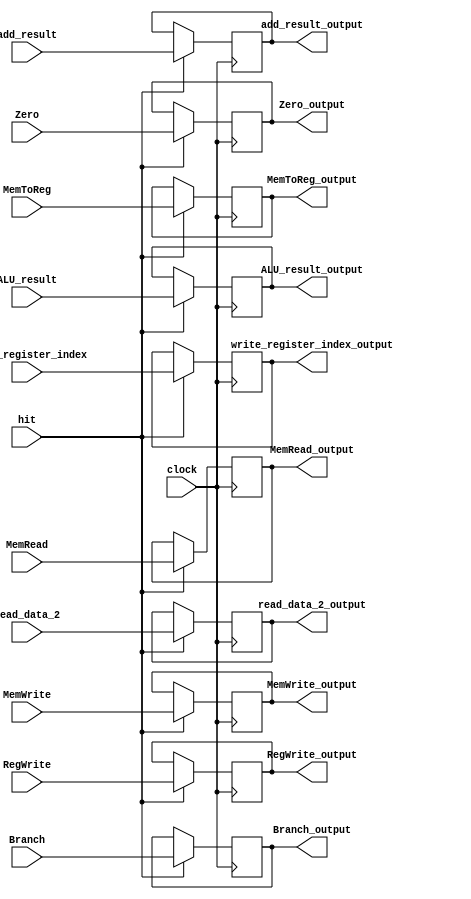
module EX_MEM_pipeline_register(
	input RegWrite, input MemToReg, input Branch, input MemRead, input MemWrite, input[31:0] add_result, input[31:0] read_data_2, input Zero, input[31:0] ALU_result, input[4:0]  write_register_index, input hit, input clock,
	output reg RegWrite_output, output reg MemToReg_output, output reg Branch_output, output reg MemRead_output, output reg MemWrite_output, output reg[31:0] add_result_output, output reg[31:0] read_data_2_output, output reg Zero_output, output reg[31:0] ALU_result_output, output reg[4:0] write_register_index_output
	);
	
	always@(negedge clock) 
		if(hit) 
			begin 
				RegWrite_output = RegWrite;
				MemToReg_output = MemToReg;
				Branch_output = Branch;
				MemRead_output = MemRead;
				MemWrite_output = MemWrite;
				add_result_output = add_result;
				read_data_2_output = read_data_2;
				Zero_output = Zero;
				ALU_result_output = ALU_result;
				write_register_index_output = write_register_index;
			end

endmodule